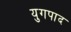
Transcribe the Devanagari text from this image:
युगपाद